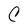
Character: C